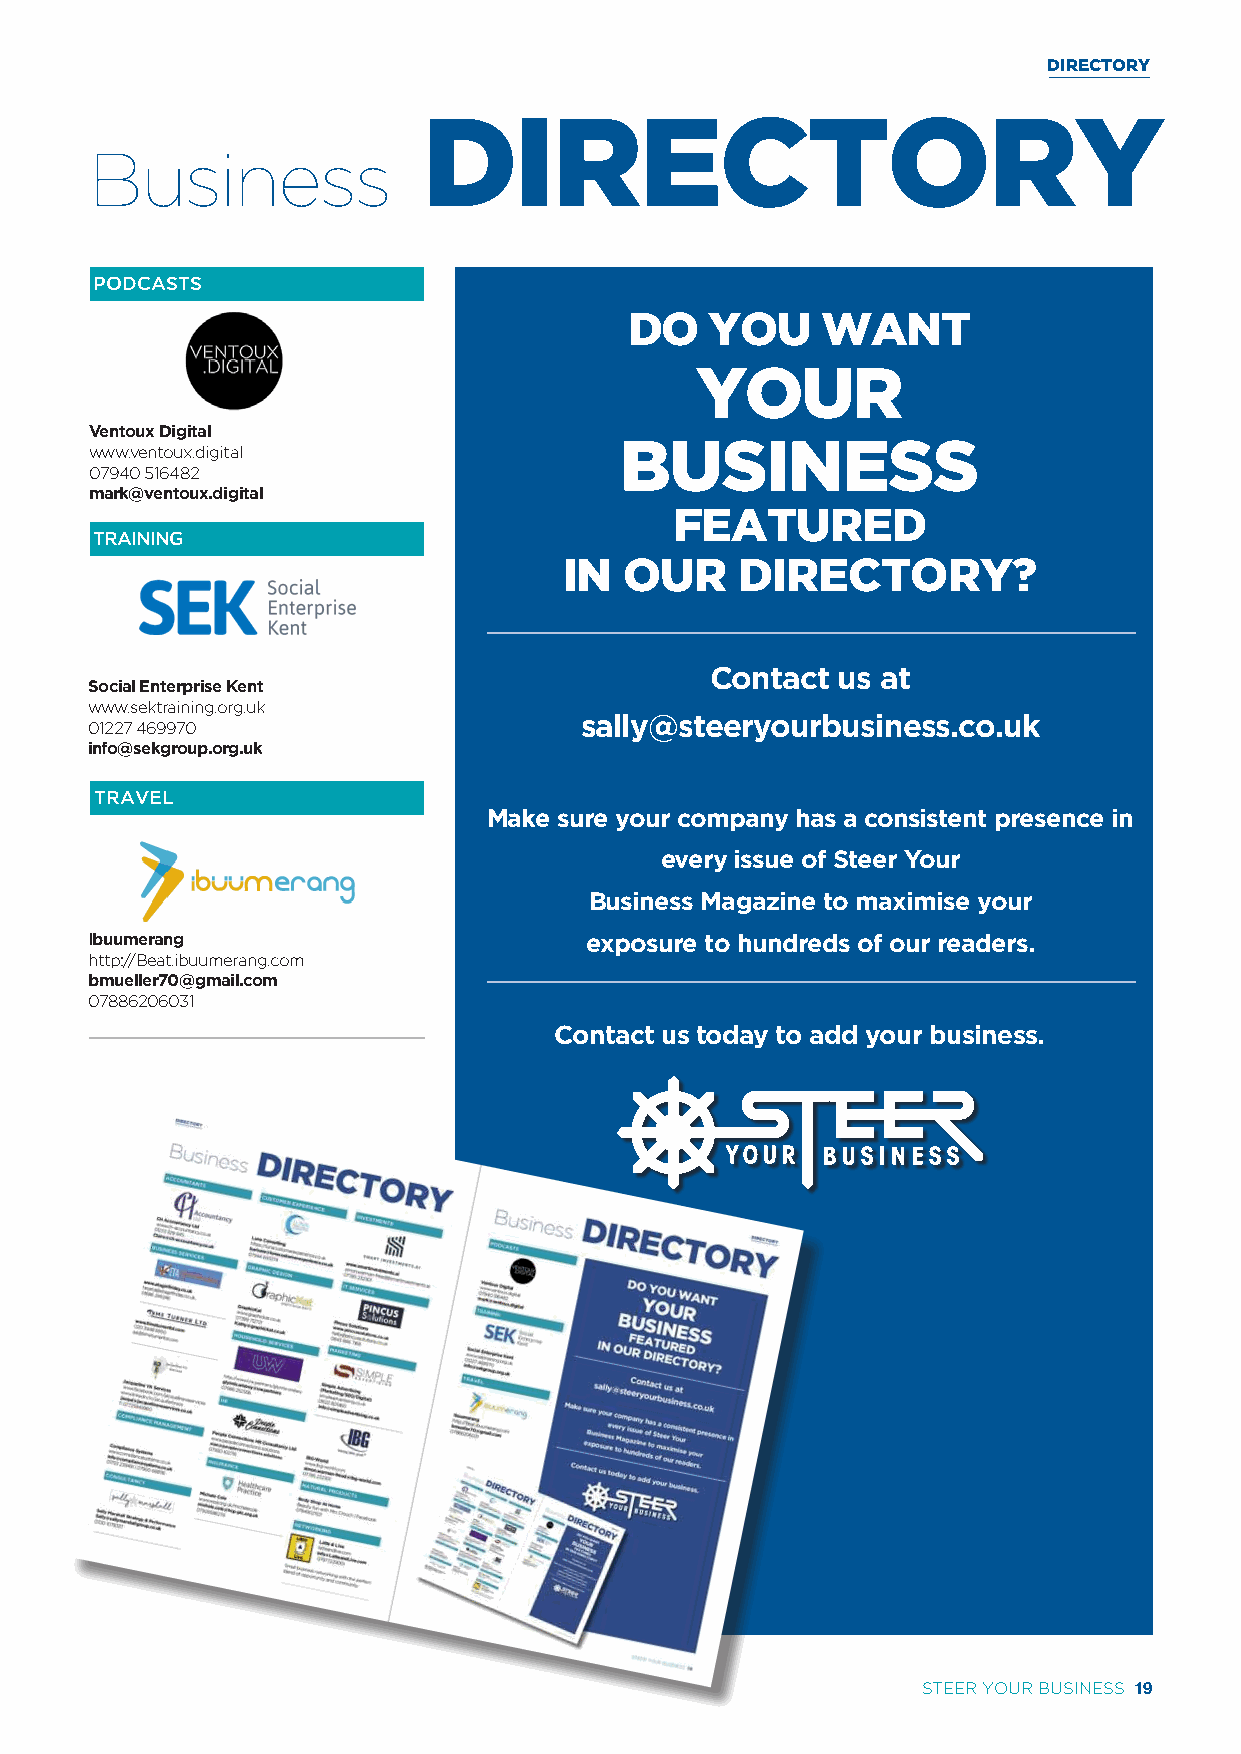
DIRECTORY
 DIRECTORY
 Business
 PBOUSDICNAESSTSS SERVICES
 DO   YOU    WANT
 YOUR
 Ventoux Digital
 BUSINESS
 www.ventoux.digital
 07940 516482
 mark@ventoux.digital
 FEATURED
 TBRUASIINNINESGS SERVICES
 IN  OUR     DIRECTORY?
 Contact us at
 Social Enterprise Kent
 www.sektraining.org.uk
 sally@steeryourbusiness.co.uk
 01227 469970
 info@sekgroup.org.uk
 TBRUASIVNEELSS SERVICES
 Make sure your company has a consistent presence in
 every issue of Steer Your
 Business Magazine to maximise your
 Ibuumerang                       exposure to hundreds of our readers.
 http://Beat.ibuumerang.com
 bmueller70@gmail.com
 07886206031
 Contact us today to add your business.
 STEER YOUR BUSINESS 19